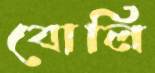
বোলি